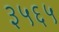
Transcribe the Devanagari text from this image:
३५६५